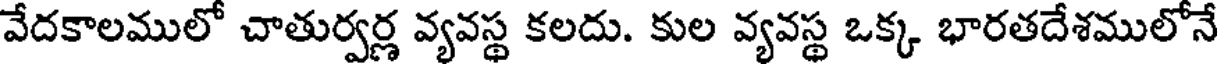
వేదకాలములో చాతుర్వర్ణ వ్యవస్థ కలదు. కుల వ్యవస్థ ఒక్క భారతదేశములోనే